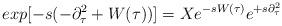
LaTeX: \begin{align*}exp[-s(-\partial_{\tau}^2+W(\tau))]=X e^{-s W(\tau)} e^{+s\partial_{\tau}^2}\end{align*}